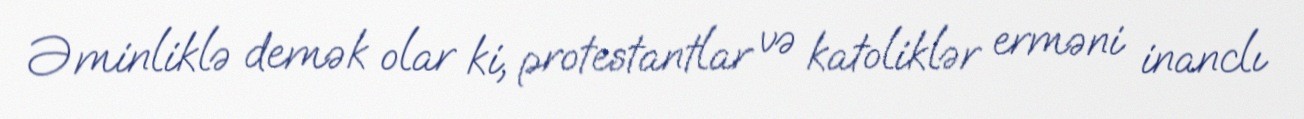
Əminliklə demək olar ki, protestantlar və katoliklər erməni inanclı